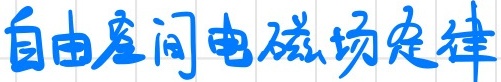
自由空间电磁场定律